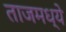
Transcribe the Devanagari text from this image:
ताजमध्ये